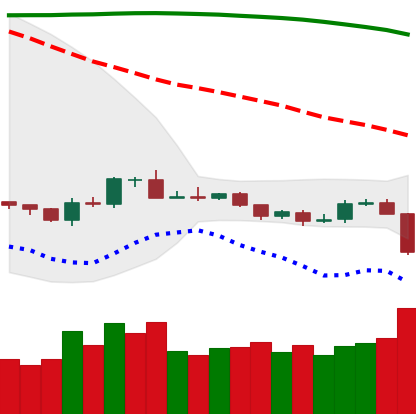
Ticker: BTC-USD
Chart end date: 2019-10-23
Forward return: 23.174%
Label: up_7plus